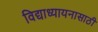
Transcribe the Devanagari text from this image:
विद्याध्यायनासाठी